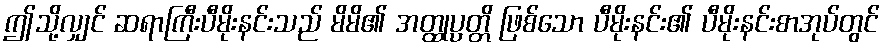
ဤသို့လျှင် ဆရာကြီးပီမိုးနင်းသည် မိမိ၏ အတ္ထုပ္ပတ္တိ ဖြစ်သော ပီမိုးနင်း၏ ပီမိုးနင်းစာအုပ်တွင်